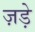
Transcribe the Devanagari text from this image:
ज़ड़े